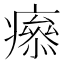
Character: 𤺑